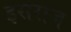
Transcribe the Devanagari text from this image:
इसराज